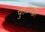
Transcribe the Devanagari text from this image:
पुतळ्याद्वारे